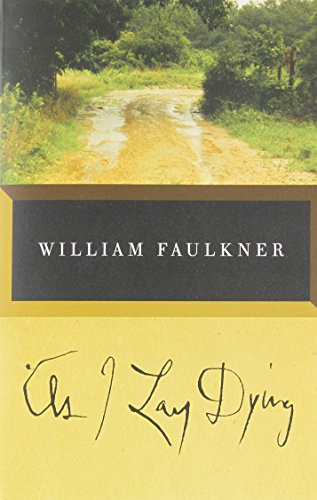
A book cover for As I Lay Dying: The Corrected Text; William Faulkner; Literature & Fiction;